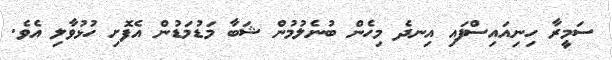
ސަމީރާ ހިނިއައިސްފައި އިނދެ މިހެން ބުނެލުމުން ޝަބާ މަޑުމަޑުން އެފޮށި ހުޅުވާލި އެވެ.